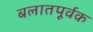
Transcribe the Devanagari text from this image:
बलातपूर्वक